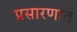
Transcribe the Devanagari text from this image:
प्रसारणात